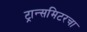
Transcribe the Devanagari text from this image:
ट्रान्समिटरचा